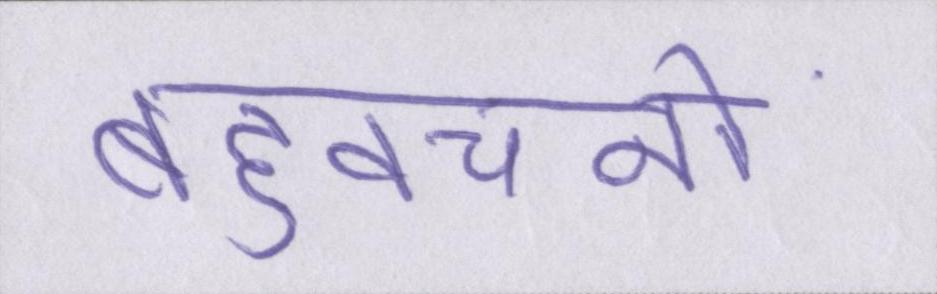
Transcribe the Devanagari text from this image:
बहुवचनों